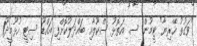
"ވަގުތު ހޭރިޔާ" ޓީމުން ސ. އަތޮޅު ސްކޫލާއި ބައްދަލުކޮށްފި އައްޑޫ ސިޓީ ހުޅޫމީދޫ1